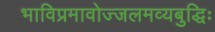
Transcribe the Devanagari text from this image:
भाविप्रमावोज्जलमव्यबुद्धिः